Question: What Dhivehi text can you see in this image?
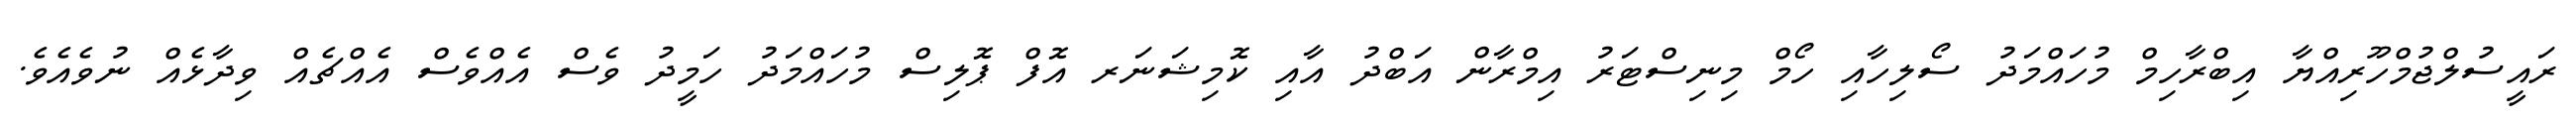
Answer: ރައީސުލްޖުމްހޫރިއްޔާ އިބްރާހިމް މުހައްމަދު ސޯލިހާއި ހޯމް މިނިސްޓަރު އިމްރާން އަބްދު އާއި ކޮމިޝަނަރ އޮފް ޕޮލިސް މުހައްމަދު ހަމީދު ވެސް އެއްވެސް އެއްޗެއް ވިދާޅެއް ނުވެއެވެ.